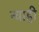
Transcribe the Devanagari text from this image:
न्वाही